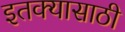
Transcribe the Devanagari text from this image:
इतक्यासाठी